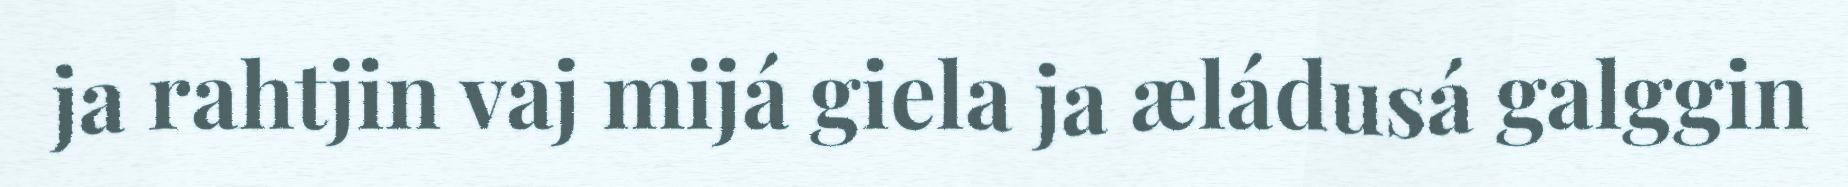
ja rahtjin vaj mijá giela ja æládusá galggin